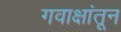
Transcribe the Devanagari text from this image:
गवाक्षांतून